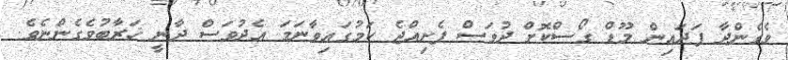
ވެގެންދާ ފަދައިން މޫޑް ގޯސްކޮށް ދުވަސް ފެށިއްޖެ ކަމުގައިވާނަމަ އެދުވަސް ދާނީ ޚަރާބުވެގެންނެވެ.